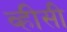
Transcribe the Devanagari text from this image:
व्हीसी